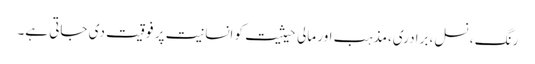
رنگ ، نسل، برادری،مذہب اور مالی حیثیت کو انسانیت پر فوقیت دی جاتی ہے۔